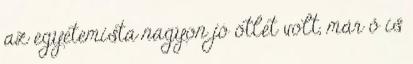
az egyetemista nagyon jó ötlet volt, már ő is